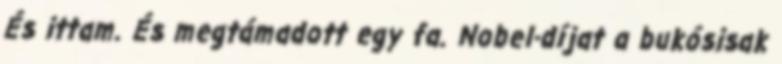
És ittam. És megtámadott egy fa. Nobel-díjat a bukósisak